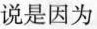
说是因为